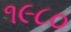
૧૯૮૦